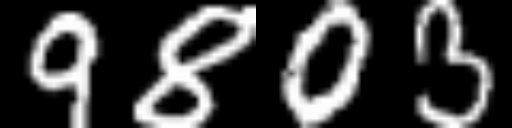
Text: 9803